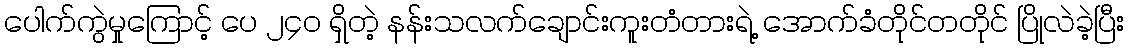
ပေါက်ကွဲမှုကြောင့် ပေ ၂၄၀ ရှိတဲ့ နန်းသလက်ချောင်းကူးတံတားရဲ့ အောက်ခံတိုင်တတိုင် ပြိုလဲခဲ့ပြီး